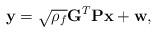
LaTeX: \begin{align*} \textbf{y}=\sqrt{\rho _{f}}\textbf{G}^T\textbf{P}\textbf{x}+\textbf{w},\end{align*}